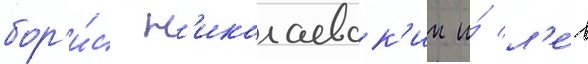
бор'и́с н'иколаевск'ии и́ л'е́в